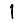
Digit: 1